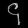
Digit: ၄